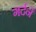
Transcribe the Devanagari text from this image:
गर्दनें